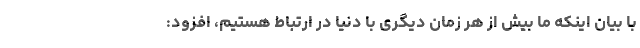
با بیان اینکه ما بیش از هر زمان دیگری با دنیا در ارتباط هستیم، افزود: